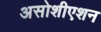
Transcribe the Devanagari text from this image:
असोशीएशन